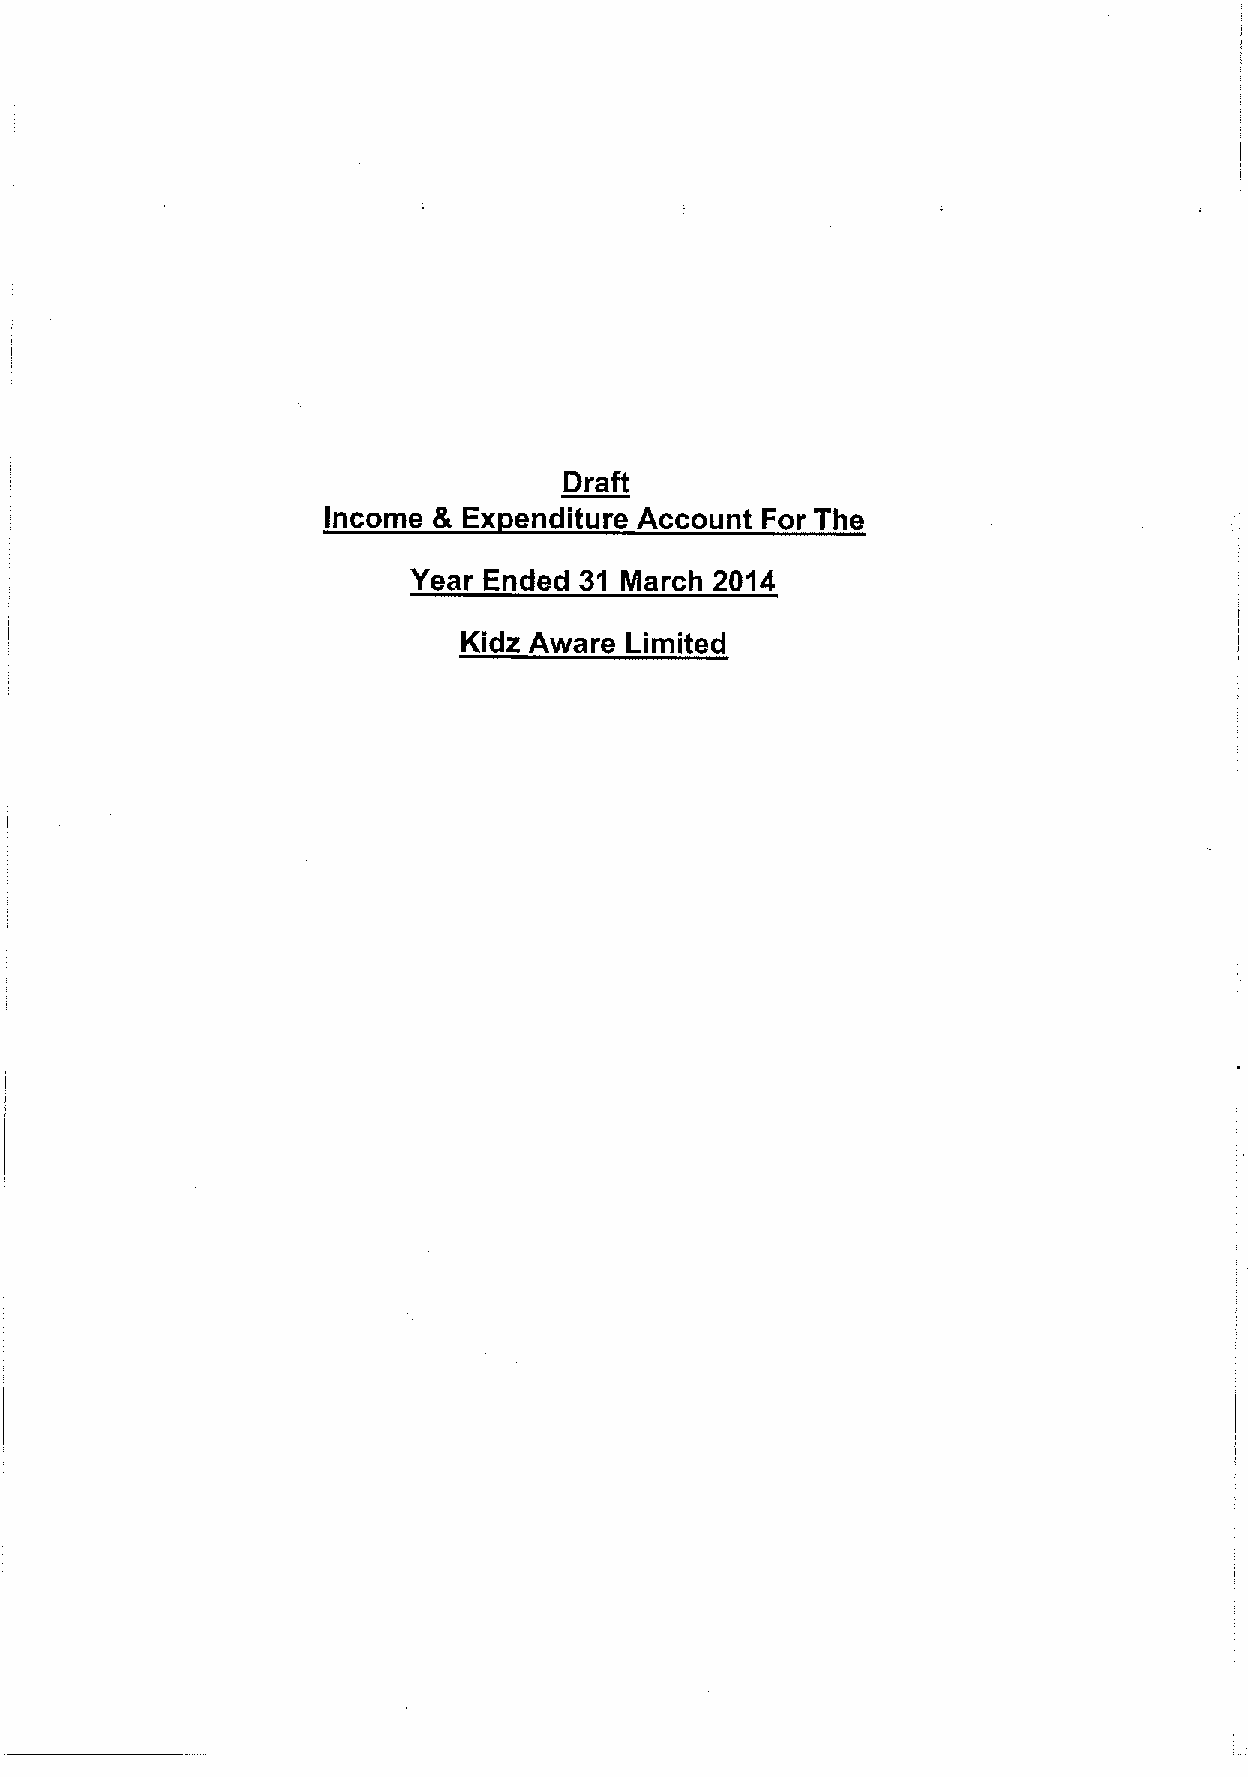
Draft
 Income & Ex enditure Account For The
 Year Ended 31 March 2014
 Kidz Aware Limited